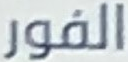
الفور